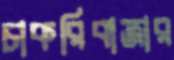
চাকরিবাজার